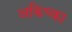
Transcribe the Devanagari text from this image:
अकिच्का